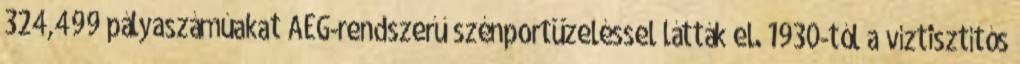
324,499 pályaszámúakat AEG-rendszerű szénportüzeléssel látták el. 1930-tól a víztisztítós